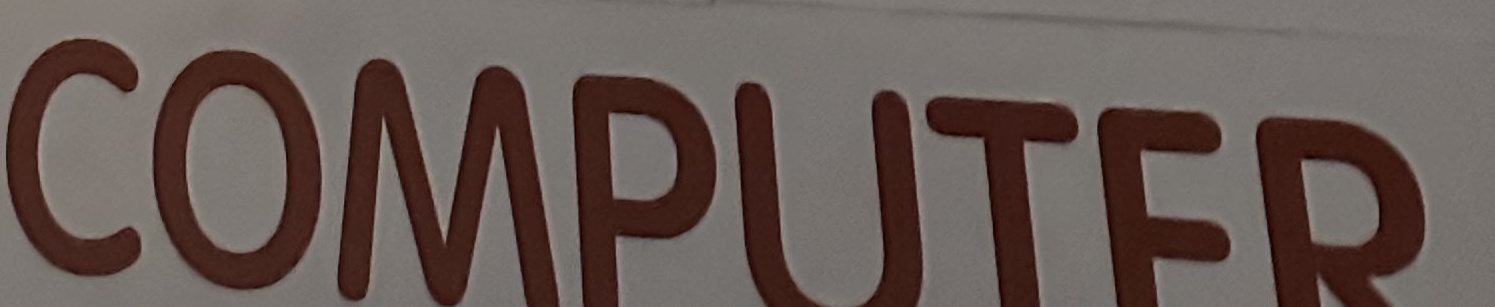
COMPUTER